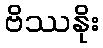
ဗိဿနိုး